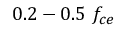
0 . 2 - 0 . 5 \ f _ { c e }